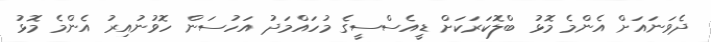
ދެވަނައަށް އެންމެ މޮޅު ބްލޮކަރަކަށް ޑީއެސްސީގެ މުހައްމަދު އަހުސަން ހޮވުނުއިރު އެންމެ މޮޅު